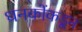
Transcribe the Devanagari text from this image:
धनकोंकडून